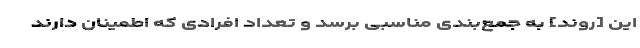
این [روند] به جمع‌بندی مناسبی برسد و تعداد افرادی که اطمینان دارند